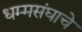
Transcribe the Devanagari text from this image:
धम्मसंघाचे